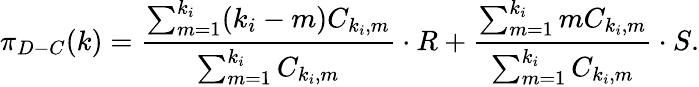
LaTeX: \pi_{D-C}(k)=\frac{\sum_{m=1}^{k_{i}}(k_{i}-m)C_{k_{i},m}}{\sum_{m=1}^{k_{i}}C_{k_{i},m}}\cdot R+\frac{\sum_{m=1}^{k_{i}}mC_{k_{i},m}}{\sum_{m=1}^{k_{i}}C_{k_{i},m}}\cdot S.